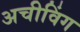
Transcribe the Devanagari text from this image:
अचीविंग